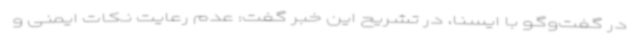
در گفت‌وگو با ایسنا، در تشریح این خبر گفت: عدم رعایت نکات ایمنی و